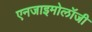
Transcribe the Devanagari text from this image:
एनजाइमोलॉजी